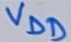
Text: VDD